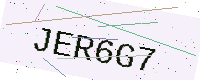
Text: JER6G7